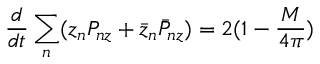
\frac { d } { d t } \sum _ { n } ( z _ { n } P _ { n z } + \bar { z } _ { n } \bar { P } _ { n z } ) = 2 ( 1 - \frac { M } { 4 \pi } )